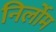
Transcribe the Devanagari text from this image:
निर्लोम